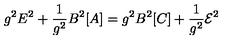
g ^ { 2 } E ^ { 2 } + \frac { 1 } { g ^ { 2 } } B ^ { 2 } [ A ] = g ^ { 2 } B ^ { 2 } [ C ] + \frac { 1 } { g ^ { 2 } } { \cal E } ^ { 2 }